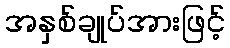
အနှစ်ချုပ်အားဖြင့်